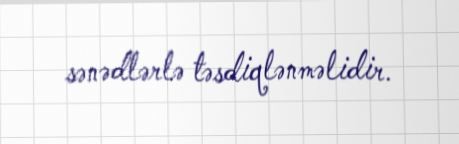
sənədlərlə təsdiqlənməlidir.